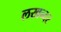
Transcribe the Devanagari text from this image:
लखन्दर